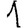
Digit: 1